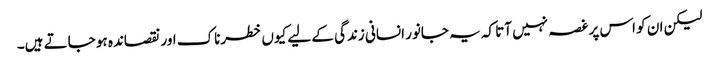
لیکن ان کو اس پر غصہ نہیں آتا کہ یہ جانور انسانی زندگی کے لیے کیوں خطرناک اور نقصاندہ ہو جاتے ہیں۔